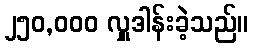
၂၅၀,၀၀၀ လှူဒါန်းခဲ့သည်။